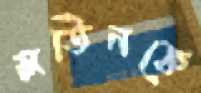
মতিনকে